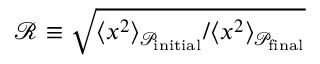
\mathcal { R } \equiv \sqrt { \langle x ^ { 2 } \rangle _ { \mathcal { P } _ { \mathrm { i n i t i a l } } } / \langle x ^ { 2 } \rangle _ { \mathcal { P } _ { \mathrm { f i n a l } } } }